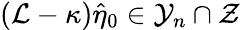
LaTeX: (\mathcal{L}-\kappa)\hat{\eta}_{0}\in\mathcal{Y}_{n}\cap\mathcal{Z}